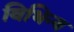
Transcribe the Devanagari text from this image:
विभिन्य